Civil Veterinary Dept. Bombay admin report 1900-1906 - 1900-1906
Year: 1900
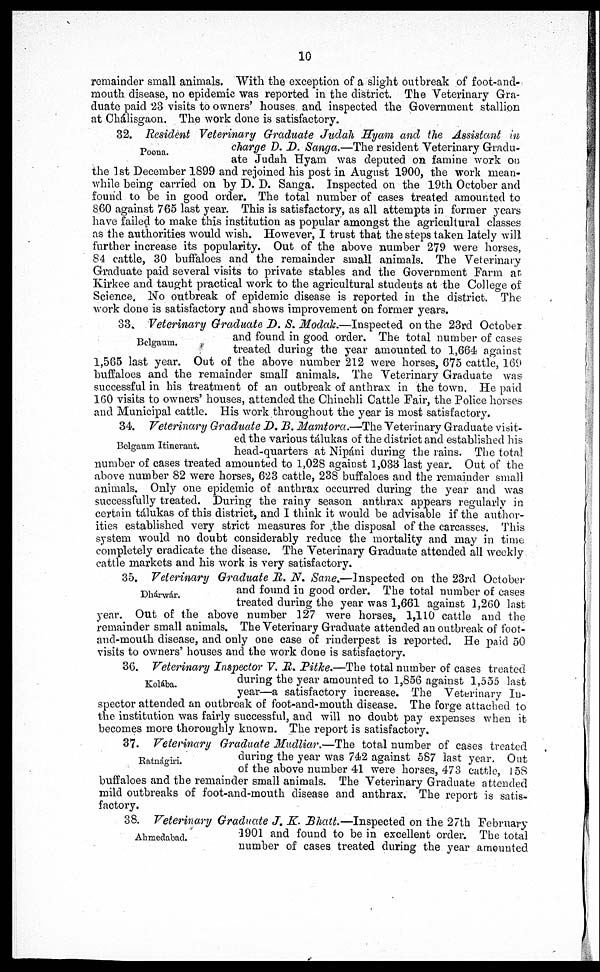
10
remainder small animals. With the exception of a slight outbreak of foot-and-
mouth disease, no epidemic was reported in the district. The Veterinary Gra-
duate paid 23 visits to owners' houses and inspected the Government stallion
at Chálisgaon. The work done is satisfactory.
Poona.
32. Resident Veterinary Graduate Judah Hyam and the Assistant in
charge D. D. Sanga.—The resident Veterinary Gradu-
ate Judah Hyam was deputed on famine work on
the 1st December 1899 and rejoined his post in August 1900, the work mean-
while being carried on by D. D. Sanga. Inspected on the 19th October and
found to be in good order. The total number of cases treated amounted to
860 against 765 last year. This is satisfactory, as all attempts in former years
have failed to make this institution as popular amongst the agricultural classes
as the authorities would wish. However, I trust that the steps taken lately will
further increase its popularity. Out of the above number 279 were horses,
84 cattle, 30 buffaloes and the remainder small animals. The Veterinary
Graduate paid several visits to private stables and the Government Farm at
Kirkee and taught practical work to the agricultural students at the College of
Science. No outbreak of epidemic disease is reported in the district. The
work done is satisfactory and shows improvement on former years.
Belgaum.
33. Veterinary Graduate D. S. Modak.—Inspected on the 23rd October
and found in good order. The total number of cases
treated during the year amounted to 1,664 against
1,565 last year. Out of the above number 212 were horses, 675 cattle, 169
buffaloes and the remainder small animals. The Veterinary Graduate was
successful in his treatment of an outbreak of anthrax in the town. He paid
160 visits to owners' houses, attended the Chinchli Cattle Fair, the Police horses
and Municipal cattle. His work throughout the year is most satisfactory.
Belgaum Itinerant.
34. Veterinary Graduate D. B. Mamtora.—The Veterinary Graduate visit-
ed the various tálukas of the district and established his
head-quarters at Nipáni during the rains. The total
number of cases treated amounted to 1,028 against 1,033 last year. Out of the
above number 82 were horses, 623 cattle, 238 buffaloes and the remainder small
animals. Only one epidemic of anthrax occurred during the year and was
successfully treated. During the rainy season anthrax appears regularly in
certain tálukas of this district, and I think it would be advisable if the author-
ities established very strict measures for the disposal of the carcasses. This
system would no doubt considerably reduce the mortality and may in time
completely eradicate the disease. The Veterinary Graduate attended all weekly
cattle markets and his work is very satisfactory.
Dhárwár.
35. Veterinary Graduate R. N. Sane.—inspected on the 23rd October
and found in good order. The total number of cases
treated during the year was 1,661 against 1,260 last
year. Out of the above number 127 were horses, 1,110 cattle and the
remainder small animals. The Veterinary Graduate attended an outbreak of foot-
and-mouth disease, and only one case of rinderpest is reported. He paid 50
visits to owners' houses and the work done is satisfactory.
Kolába.
36. Veterinary Inspector V. R. Pitke.—The total number of cases treated
during the year amounted to 1,856 against 1,555 last
year—a satisfactory increase. The Veterinary In-
spector attended an outbreak of foot-and-mouth disease. The forge attached to
the institution was fairly successful, and will no doubt pay expenses when it
becomes more thoroughly known. The report is satisfactory.
Ratnágiri.
37. Veterinary Graduate Mudliar.—The total number of cases treated
during the year was 742 against 587 last year. Out
of the above number 41 were horses, 473 cattle, 158
buffaloes and the remainder small animals. The Veterinary Graduate attended
mild outbreaks of foot-and-mouth disease and anthrax. The report is satis-
factory.
Ahmedabad.
38. Veterinary Graduate J. K. Bhatt.—Inspected on the 27th February
1901 and found to be in excellent order. The total
number of cases treated during the year amounted